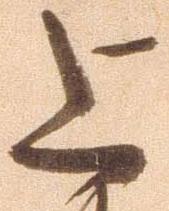
上